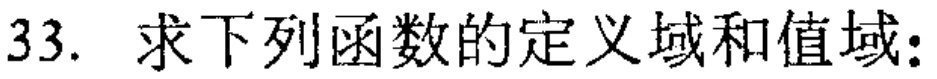
33. 求下列函数的定义域和值域：